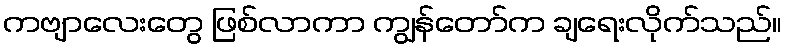
ကဗျာလေးတွေ ဖြစ်လာကာ ကျွန်တော်က ချရေးလိုက်သည်။